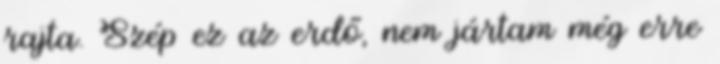
rajta. Szép ez az erdő, nem jártam még erre